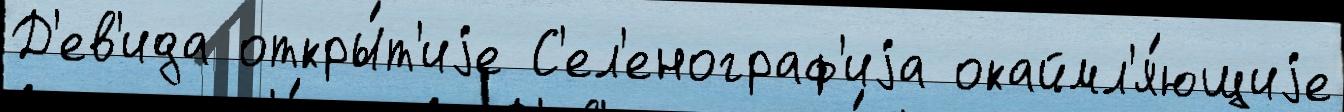
Д'ев'ида откры́т'иjе С'ел'енограф'иjа окаймл'я́ющиjе